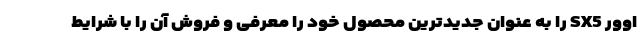
اوور SX5 را به عنوان جدیدترین محصول خود را معرفی و فروش آن را با شرایط